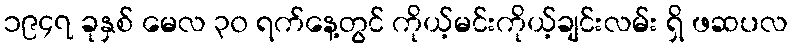
၁၉၄၇ ခုနှစ် မေလ ၃၀ ရက်နေ့တွင် ကိုယ့်မင်းကိုယ့်ချင်းလမ်း ရှိ ဖဆပလ